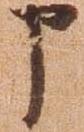
申